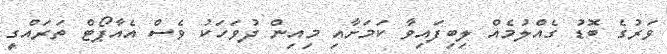
ވަރުގެ ބޮޑު ގެއްލުމެއް ލިބިފައިވާ ކަމަށާއި މިއިން ދުވަހަކު ވެސް އެއާޕޯޓް ތަރައްގީ